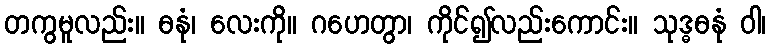
တကွမူလည်း။ ဓနုံ၊ လေးကို။ ဂဟေတွာ၊ ကိုင်၍လည်းကောင်း။ သုဒ္ဓဓနုံ ဝါ၊